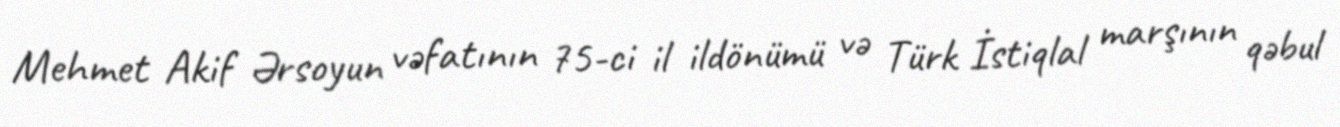
Mehmet Akif Ərsoyun vəfatının 75-ci il ildönümü və Türk İstiqlal marşının qəbul